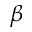
\beta